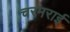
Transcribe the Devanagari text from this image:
चरमराई